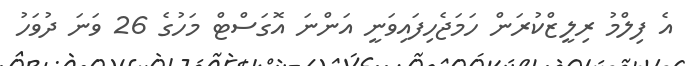
އެ ފިލްމު ރިލީޒްކުރަން ހަމަޖެހިފައިވަނީ އަންނަ އޮގަސްޓް މަހުގެ 26 ވަނަ ދުވަހު